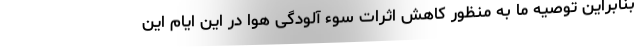
بنابراین توصیه ما به منظور کاهش اثرات سوء آلودگی هوا در این ایام این